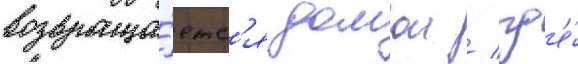
возвраща́етс'я домои / гд'е́